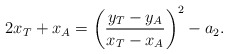
\begin{align*}2x_T+x_A = \left( \frac{y_T-y_{A}}{x_T-x_{A}} \right)^2 -a_2.\end{align*}